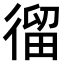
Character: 𢕍